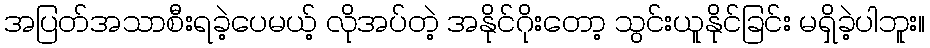
အပြတ်အသာစီးရခဲ့ပေမယ့် လိုအပ်တဲ့ အနိုင်ဂိုးတော့ သွင်းယူနိုင်ခြင်း မရှိခဲ့ပါဘူး။